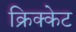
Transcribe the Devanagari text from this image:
क्रिक्केट